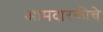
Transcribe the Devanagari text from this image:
आमदारकीचे